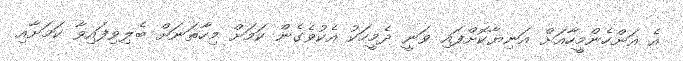
އެ އަންހެންމީހާއަށް އަނިޔާކޮށްފައި ވަނީ ދެމީހަކު އެކުވެގެން ކަމަށް މިހާތަނަށް ބެލިވިފައިވާ ކަމަށާއި